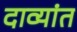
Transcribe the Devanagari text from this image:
दाव्यांत